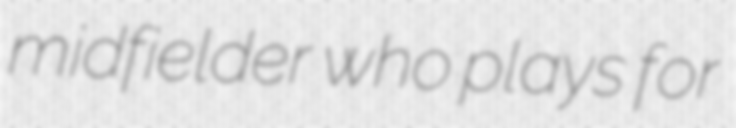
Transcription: midfielder who plays for